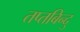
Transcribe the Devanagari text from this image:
तप्तबिन्दु